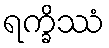
ရက္ခိဿံ